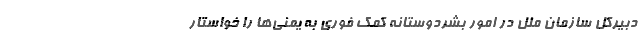
دبیرکل سازمان ملل در امور بشردوستانه کمک فوری به یمنی‌ها را خواستار